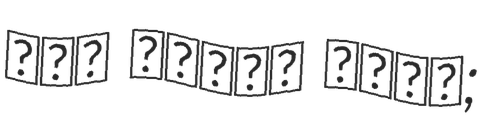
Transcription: نور الدين بدوي;